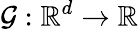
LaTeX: \mathcal{G}:\mathbb{{R}}^{d}\rightarrow\mathbb{{R}}